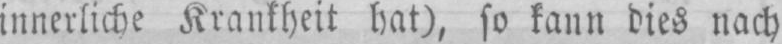
innerliche Krankheit hat), so kann dies nach